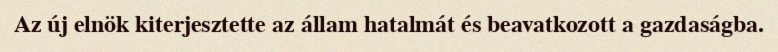
Az új elnök kiterjesztette az állam hatalmát és beavatkozott a gazdaságba.